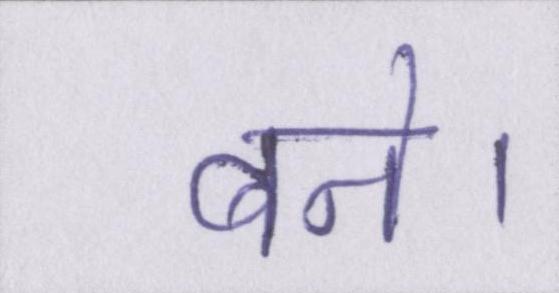
बने।